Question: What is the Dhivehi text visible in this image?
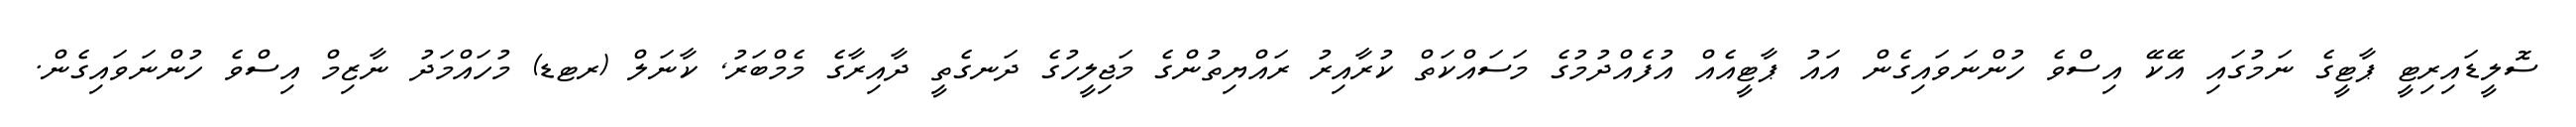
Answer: ސޮލީޑައިރިޓީ ޕާޓީގެ ނަމުގައި އޭކޭ އިސްވެ ހުންނަވައިގެން އައު ޕާޓީއެއް އުފެއްދުމުގެ މަސައްކަތް ކުރާއިރު ރައްޔިތުންގެ މަޖިލީހުގެ ދަނގެތީ ދާއިރާގެ މެމްބަރު, ކާނަލް (ރޓޑ) މުހައްމަދު ނާޒިމް އިސްވެ ހުންނަވައިގެން.